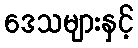
ဒေသများနှင့်